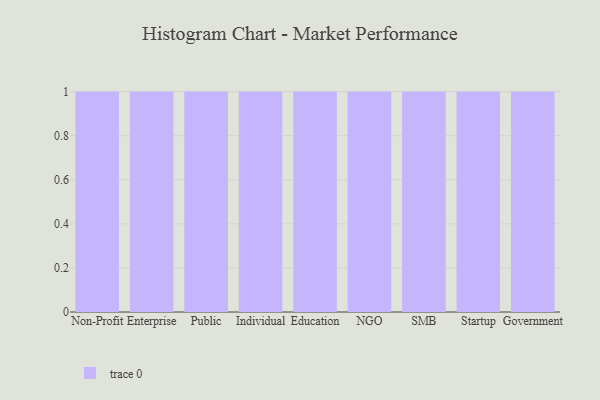
{"axis": {"x": "Segment", "y": "LTV (USD)"}, "legend": [""], "data": [{"x": "Non-Profit", "y": 54, "type": ""}, {"x": "Enterprise", "y": 90, "type": ""}, {"x": "Public", "y": 32, "type": ""}, {"x": "Individual", "y": 45, "type": ""}, {"x": "Education", "y": 46, "type": ""}, {"x": "NGO", "y": 82, "type": ""}, {"x": "SMB", "y": 14, "type": ""}, {"x": "Startup", "y": 83, "type": ""}, {"x": "Government", "y": 54, "type": ""}]}